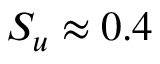
S _ { u } \approx 0 . 4